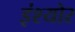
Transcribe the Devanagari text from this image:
इंश्योर